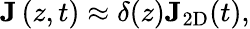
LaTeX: {\mathbf J}\left(z,t\right)\approx\delta(z){\mathbf J}_{\mathrm{2D}}(t),